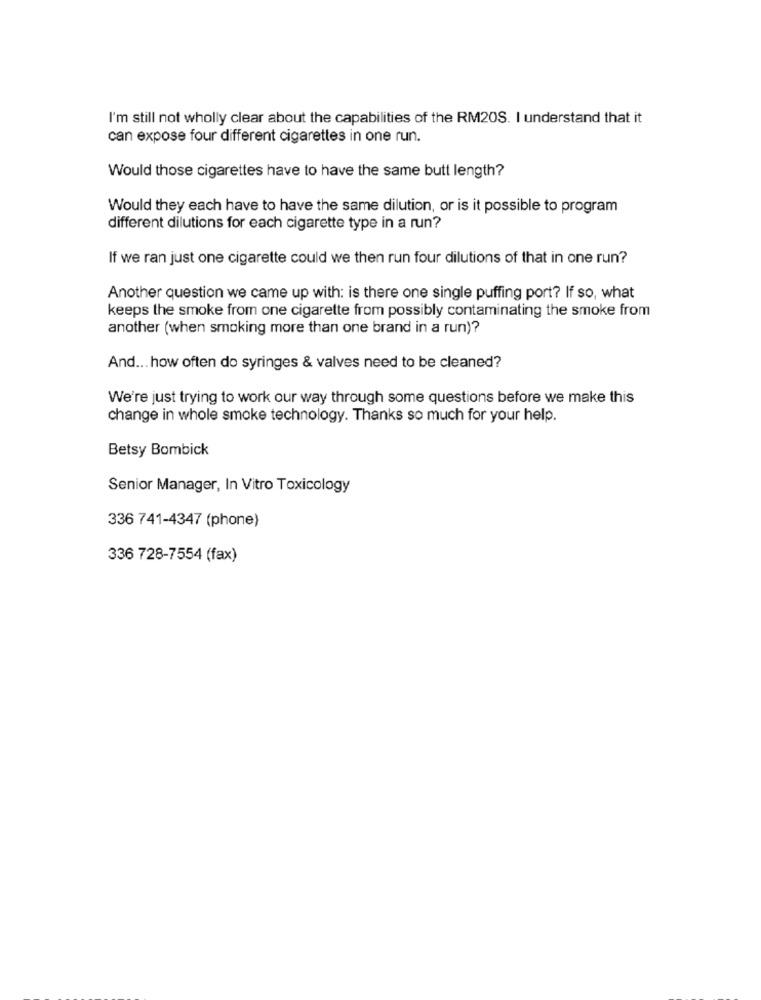
I'm still not wholly clear about the capabilities of the RM20S. I understand that it
can expose four different cigarettes in one run.
Would those cigarettes have to have the same butt length?
Would they each have to have the same dilution, or is it possible to program
different dilutions for each cigarette type in a run?
If we ran just one cigarette could we then run four dilutions of that in one run?
Another question we came up with: is there one single puffing port? If so, what
keeps the smoke from one cigarette from possibly contaminating the smoke from
another (when smoking more than one brand in a run)?
And ... how often do syringes & valves need to be cleaned?
We're just trying to work our way through some questions before we make this
change in whole smoke technology. Thanks so much for your help.
Betsy Bombick
Senior Manager, In Vitro Toxicology
336 741-4347 (phone)
336 728-7554 (fax)